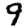
Digit: 9